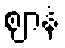
ဈာနံ